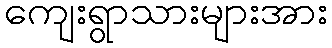
ကျေးရွာသားများအား